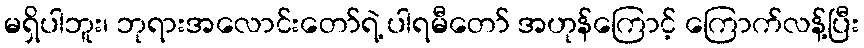
မရှိပါဘူး၊ ဘုရားအလောင်းတော်ရဲ့ ပါရမီတော် အဟုန်ကြောင့် ကြောက်လန့်ပြီး